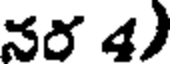
నర 4)